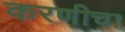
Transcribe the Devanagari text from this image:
करणीचा